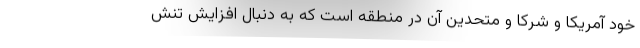
خود آمریکا و شرکا و متحدین آن در منطقه است که به دنبال افزایش تنش